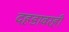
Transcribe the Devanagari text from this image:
दहडावरही